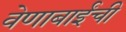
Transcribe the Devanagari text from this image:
वेणाबाईंची